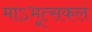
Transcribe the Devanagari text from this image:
माऽभूत्सकलं